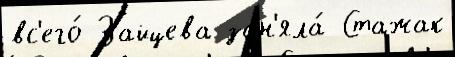
вс'его́ Зайцева зан'яла́ Стажак